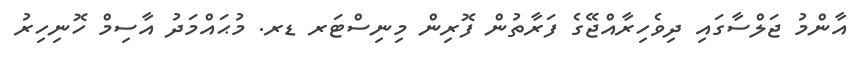
އާންމު ޖަލްސާގައި ދިވެހިރާއްޖޭގެ ފަރާތުން ފޮރިން މިނިސްޓަރ ޑރ. މުޙައްމަދު އާސިމް ހޮނިހިރު